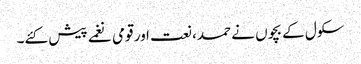
سکول کے بچوں نے حمد، نعت اور قومی نغمے پیش کئے۔